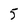
Character: 5